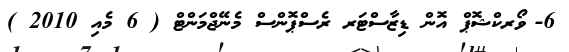
6-	ވޯރކްޝޮޕް އޮން ޑިޒާސްޓަރ ރެސްޕޮންސް މެނޭޖްމަންޓް ( 6 މެއި 2010 )